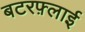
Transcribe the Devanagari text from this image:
बटरफ़्लाई